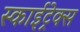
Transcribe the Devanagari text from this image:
स्काईट्रेक्स